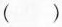
( )